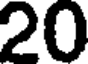
20